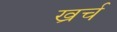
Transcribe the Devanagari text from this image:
ख्रर्च